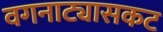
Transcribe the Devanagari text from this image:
वगनाट्यासकट